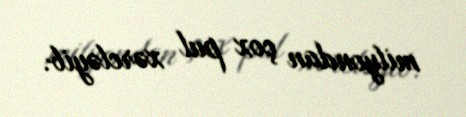
milyondan çox pul xərcləyib.